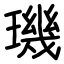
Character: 璣